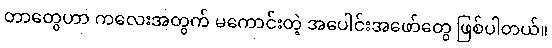
တာတွေဟာ ကလေးအတွက် မကောင်းတဲ့ အပေါင်းအဖော်တွေ ဖြစ်ပါတယ်။